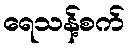
ရေသန့်စက်